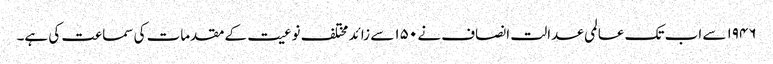
۱۹۴۶ سے اب تک عالمی عدالت انصاف نے ۱۵۰ سے زائد مختلف نوعیت کے مقدمات کی سماعت کی ہے۔